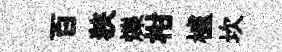
百狹爍柑櫨坎